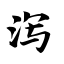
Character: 泻